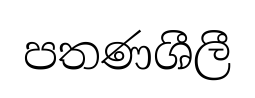
පතණශීලී